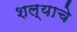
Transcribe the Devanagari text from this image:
शल्याचे